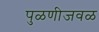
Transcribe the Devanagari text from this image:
पुळणीजवळ